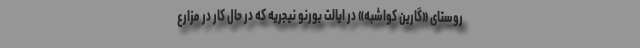
روستای «گارین کواشبه» در ایالت بورنو نیجریه که در حال کار در مزارع